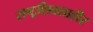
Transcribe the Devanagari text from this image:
राष्ट्रशिवशाहीर